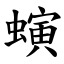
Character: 螾